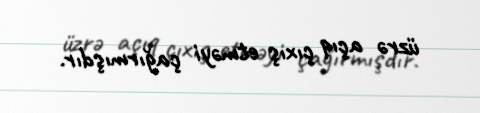
üzrə açıq çıxış etməyi çağırmışdır.